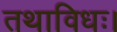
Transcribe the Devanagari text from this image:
तथाविधः।